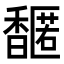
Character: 𬳤